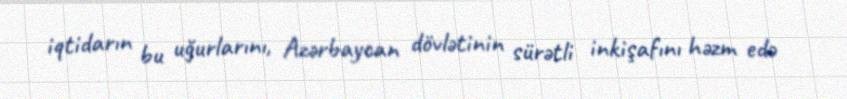
iqtidarın bu uğurlarını, Azərbaycan dövlətinin sürətli inkişafını həzm edə